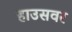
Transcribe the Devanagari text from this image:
हाउसवर